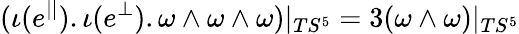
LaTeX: (\iota(e^{||}).\iota(e^{\perp}).\omega\wedge\omega\wedge\omega)|_{TS^{5}}=3(\omega\wedge\omega)|_{TS^{5}}